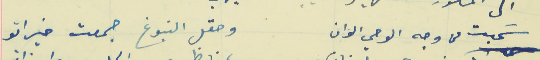
سَحبت من وجه الوحي الوان                                  وحقل النبوغ جمعت خيراتو